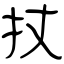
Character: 扙